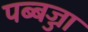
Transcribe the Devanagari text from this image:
पब्बज्जा